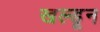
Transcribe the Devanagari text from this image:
खल्डून